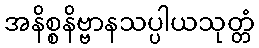
အနိစ္စနိဗ္ဗာနသပ္ပါယသုတ္တံ